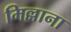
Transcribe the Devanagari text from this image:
मिल्लाना